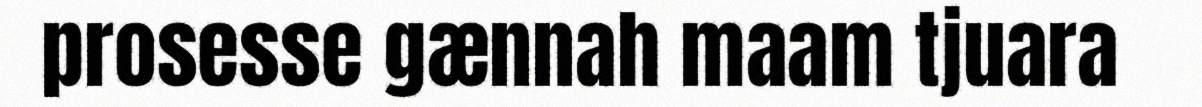
prosesse gænnah maam tjuara